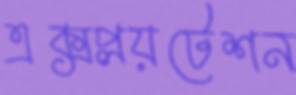
এক্সপ্লয়টেশন